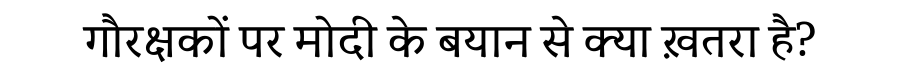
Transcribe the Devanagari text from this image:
गौरक्षकों पर मोदी के बयान से क्या ख़तरा है?